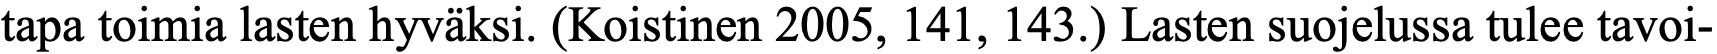
tapa toimia lasten hyväksi. (Koistinen 2005, 141, 143.) Lasten suojelussa tulee tavoi-